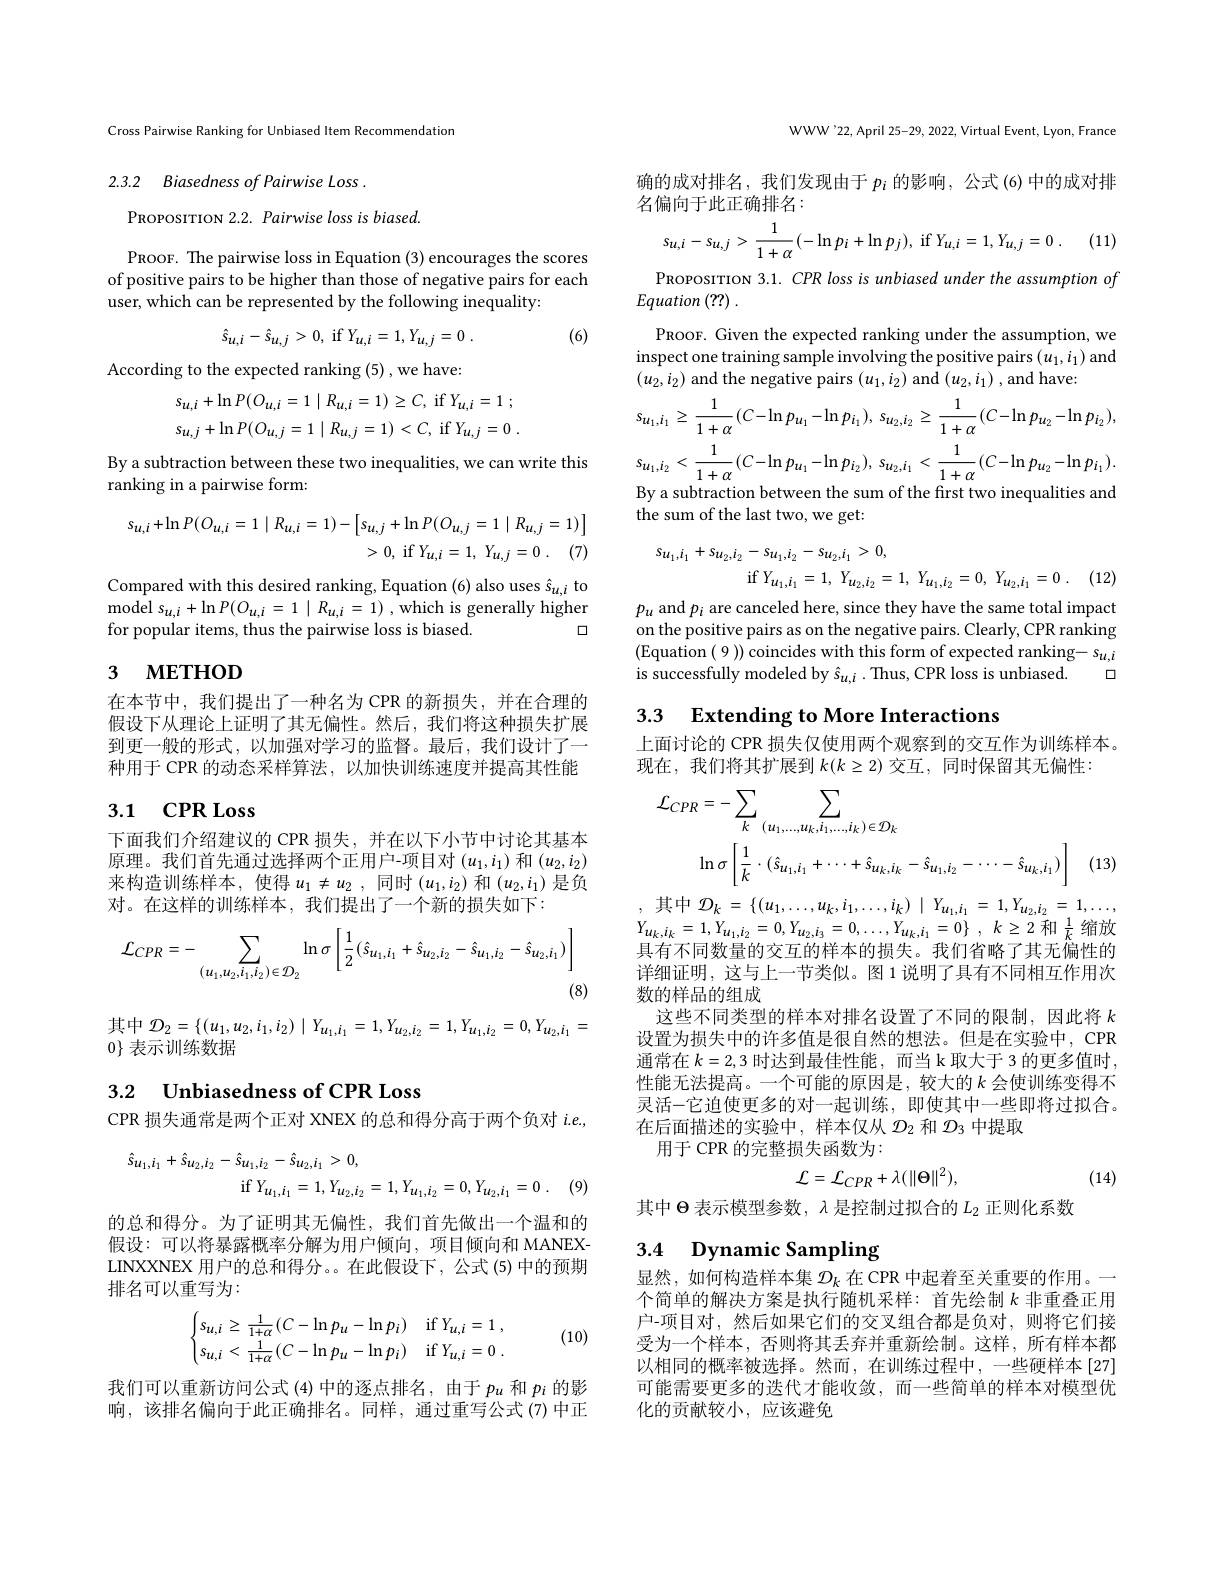
Cross Pairwise Ranking for Unbiased Item Recommendation

2.3.2 Biasedness of Pairwise Loss .

PROPOSITION 2.2. Pairwise loss is biased.

PROOF. The pairwise loss in Equation (3) encourages the scores of positive pairs to be higher than those of negative pairs for each user, which can be represented by the following inequality:

(6)
$$\hat{s}_{u,i}-\hat{s}_{u,j}>0,\:\mathrm{if}\:Y_{u,i}=1,\:Y_{u,j}=0\:.$$
According to the expected ranking (5) , we have:
$$s_{u,i}+\ln P(O_{u,i}=1\mid R_{u,i}=1)\geq C,\:\mathrm{if}\:Y_{u,i}=1\:;\\s_{u,j}+\ln P(O_{u,j}=1\mid R_{u,j}=1)<C,\:\mathrm{if}\:Y_{u,j}=0\:.$$
By a subtraction between these two inequalities, we can write this
ranking in a pairwise form:
$$\begin{array}{c}s_{u,i}+\ln P(O_{u,i}=1\mid R_{u,i}=1)-\left[s_{u,j}+\ln P(O_{u,j}=1\mid R_{u,j}=1)\right]\\>0,\:\mathrm{if}\:Y_{u,i}=1,\:Y_{u,j}=0\:.\quad(7)\end{array}$$
Compared with this desired ranking, Equation (6) also uses $\hat{s}_{u,i}$ to model $s_{u, i}+ \ln P( O_{u, i}= 1\mid R_{u, i}= 1) $,which is generally higher
口
for popular items, thus the pairwise loss is biased.

# 3 метнод

在本节中，我们提出了一种名为 CPR 的新损失，并在合理的假设下从理论上证明了其无偏性。然后，我们将这种损失扩展到更一般的形式，以加强对学习的监督。最后，我们设计了一种用于 CPR 的动态采样算法，以加快训练速度并提高其性能

# 3.1 CPR Loss

下面我们介绍建议的 CPR 损失，并在以下小节中讨论其基本原理。我们首先通过选择两个正用户-项目对$(u_1,i_1)$和$(u_2,i_2)$ 来构造训练样本，使得$u_1\neq u_2$,同时$(u_1,i_2)$ 和$(u_2,i_1)$ 是负对。在这样的训练样本，我们提出了一个新的损失如下：
$$\mathcal{L}_{CPR}=-\sum_{(u_{1},u_{2},i_{1},i_{2})\in\mathcal{D}_{2}}\ln\sigma\left[\frac{1}{2}(\hat{s}_{u_{1},i_{1}}+\hat{s}_{u_{2},i_{2}}-\hat{s}_{u_{1},i_{2}}-\hat{s}_{u_{2},i_{1}})\right]$$
$\begin{array}{l}\text{其中 }\mathcal{D}_{2}=\{(u_{1},u_{2},i_{1},i_{2})\mid Y_{u_{1},i_{1}}=1,Y_{u_{2},i_{2}}=1,Y_{u_{1},i_{2}}=0,Y_{u_{2},i_{1}}=\\0\}\text{ 表示训练数据}\end{array}$

3.2 $\textbf{Unbiasedness of CPR Loss}$

CPR 损失通常是两个正对 XNEX 的总和得分高于两个负对$i.e.$,
$$\begin{aligned}\hat{s}_{u_{1},i_{1}}+\hat{s}_{u_{2},i_{2}}-\hat{s}_{u_{1},i_{2}}-\hat{s}_{u_{2},i_{1}}&>0,\\&\mathrm{if}\:Y_{u_{1},i_{1}}\:=\:1,\:Y_{u_{2},i_{2}}\:=\:1,\:Y_{u_{1},i_{2}}\:=\:0,\:Y_{u_{2},i_{1}}\:=\:0\:.\end{aligned}$$
的总和得分。为了证明其无偏性，我们首先做出一个温和的假设：可以将暴露概率分解为用户倾向，项目倾向和 MANEXLINXXNEX 用户的总和得分。。在此假设下，公式(5)中的预期排名可以重写为：

(10)
$$\begin{cases}s_{u,i}\ge\frac{1}{1+\alpha}(C-\ln p_u-\ln p_i)&\text{if}Y_{u,i}=1\:,\\s_{u,i}<\frac{1}{1+\alpha}(C-\ln p_u-\ln p_i)&\text{if}Y_{u,i}=0\:.\end{cases}$$
我们可以重新访问公式 (4)中的逐点排名，由于$p_u$和$p_i$的影响，该排名偏向于此正确排名。同样，通过重写公式(7)中正

WWW'22,April 25-29, 2022, Virtual Event, Lyon, France

确的成对排名，我们发现由于$p_i$的影响，公式(6)中的成对排
名偏向于此正确排名：
$$s_{u,i}-s_{u,j}>\frac{1}{1+\alpha}(-\ln p_{i}+\ln p_{j}),\:\mathrm{if}\:Y_{u,i}=1,Y_{u,j}=0\:.$$
(11)

PROPOSITION 3.1. CPR loss is unbiased under the assumption of
$Equation\left(??\right).$
PROOF. Given the expected ranking under the assumption, we inspect one training sample involving the positive pairs $(u_1,i_1)$ and $(u_2,i_2)$ and the negative pairs $(u_1,i_2)$ and $(u_2,i_1)$ , and have:
$$_{u_{1},i_{1}}\geq\frac{1}{1+\alpha}(C-\ln p_{u_{1}}-\ln p_{i_{1}}),\:s_{u_{2},i_{2}}\geq\frac{1}{1+\alpha}(C-\ln p_{u_{2}}-\ln p_{i_{2}}),$$
$$s_{u_{1},i_{2}}<\frac{1}{1+\alpha}(C-\ln p_{u_{1}}-\ln p_{i_{2}}),\:s_{u_{2},i_{1}}<\frac{1}{1+\alpha}(C-\ln p_{u_{2}}-\ln p_{i_{1}}).$$
By a subtraction between the sum of the first two inequalities and

the sum of the last two, we get:
$$\begin{aligned}s_{u_{1},i_{1}}+s_{u_{2},i_{2}}-s_{u_{1},i_{2}}-s_{u_{2},i_{1}}&>0,\\&\mathrm{if}\:Y_{u_{1},i_{1}}\:=\:1,\:Y_{u_{2},i_{2}}\:=\:1,\:Y_{u_{1},i_{2}}\:=\:0,\:Y_{u_{2},i_{1}}\:=\:0\:.\end{aligned}$$
(12)

$p_u$ and $p_i$ are canceled here, since they have the same total impact on the positive pairs as on the negative pairs. Clearly, CPR ranking (Equation(9))coincides with this form of expected ranking- $s_u,i$
口
is successfully modeled by $\hat{s}_{u,i}\cdot$ Thus, CPR loss is unbiased.

3.3 Extending to More Interactions

上面讨论的 CPR 损失仅使用两个观察到的交互作为训练样本。
现在，我们将其扩展到$k(k\geq2)$交互，同时保留其无偏性：
$$\begin{aligned}\mathcal{L}_{CPR}&=-\sum_{k}\sum_{(u_{1},\ldots,u_{k},i_{1},\ldots,i_{k})\in\mathcal{D}_{k}}\\&\ln\sigma\left[\frac{1}{k}\cdot(\hat{s}_{u_{1},i_{1}}+\cdots+\hat{s}_{u_{k},i_{k}}-\hat{s}_{u_{1},i_{2}}-\cdots-\hat{s}_{u_{k},i_{1}})\right]\end{aligned}$$
(13)

,其中$\mathcal{D}_k=\{(u_1,\ldots,u_k,i_1,\ldots,i_k)\mid Y_{u_1,i_1}=1,Y_{u_2,i_2}=1,\ldots$, $\begin{array}{l}{Y_{u_{k},i_{k}}=1,Y_{u_{1},i_{2}}=0,Y_{u_{2},i_{3}}=0,\ldots,Y_{u_{k},i_{1}}=0\}\:,\:k\geq2\:\text{和 }\frac{1}{k}\:\text{缩放}}\\{\square,t_{4}=\square,t_{4}=\square,t_{4}=0.......,Y_{u_{k},i_{1}}=0\}\:,\:k\geq2\:\text{和 }\frac{1}{k}\:\text{缩放}}\\\end{array}$ 具有不同数量的交互的样本的损失。我们省略了其无偏性的详细证明，这与上一节类似。图 1 说明了具有不同相互作用次数的样品的组成
这些不同类型的样本对排名设置了不同的限制，因此将$k$ 设置为损失中的许多值是很自然的想法。但是在实验中，CPR 通常在$k=2,3$时达到最佳性能，而当 k 取大于 3 的更多值时， 性能无法提高。一个可能的原因是，较大的$k$ 会使训练变得不灵活-它迫使更多的对一起训练，即使其中一些即将过拟合。在后面描述的实验中，样本仅从$\mathcal{D}_2$和$\mathcal{D}_3$中提取
用于 CPR 的完整损失函数为：
$$\mathcal{L}=\mathcal{L}_{CPR}+\lambda(\|\Theta\|^{2}),$$
 (14)

其中$\Theta$表示模型参数，$\lambda$是控制过拟合的$L_2$正则化系数

3.4 Dynamic Sampling

显然，如何构造样本集$\mathcal{D}_k$在 CPR 中起着至关重要的作用。一个简单的解决方案是执行随机采样：首先绘制$k$非重叠正用户-项目对，然后如果它们的交叉组合都是负对，则将它们接受为一个样本，否则将其丢弃并重新绘制。这样，所有样本都以相同的概率被选择。然而，在训练过程中，一些硬样本[27] 可能需要更多的迭代才能收敛，而一些简单的样本对模型优化的贡献较小，应该避免